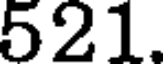
521.